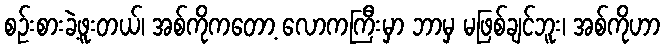
စဉ်းစားခဲ့ဖူးတယ်၊ အစ်ကိုကတော့ လောကကြီးမှာ ဘာမှ မဖြစ်ချင်ဘူး၊ အစ်ကိုဟာ